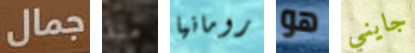
جمال منذ رومانيا هو جايني